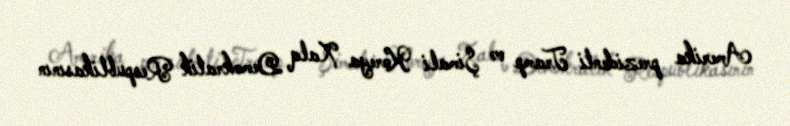
Amerika prezidenti Tramp və Şimali Koreya Xalq Demokratik Respublikasının